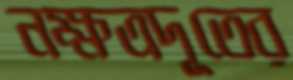
নক্ষত্রদূতের